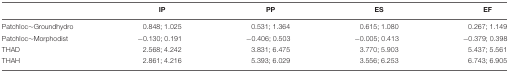
<table><thead><tr><td>[EMPTY_CELL]</td><td><b>IP</b></td><td><b>PP</b></td><td><b>ES</b></td><td><b>EF</b></td></tr></thead><tbody><tr><td>Patchloc∼Groundhydro</td><td>0.848; 1.025</td><td>0.531; 1.364</td><td>0.615; 1.080</td><td>0.267; 1.149</td></tr><tr><td>Patchloc∼Morphodist</td><td>–0.130; 0.191</td><td>–0.406; 0.503</td><td>–0.005; 0.413</td><td>–0.379; 0.398</td></tr><tr><td>THAD</td><td>2.568; 4.242</td><td>3.831; 6.475</td><td>3.770; 5.903</td><td>5.437; 5.561</td></tr><tr><td>THAH</td><td>2.861; 4.216</td><td>5.393; 6.029</td><td>3.556; 6.253</td><td>6.743; 6.905</td></tr></tbody></table>